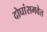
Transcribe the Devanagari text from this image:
दोघांसमवेत